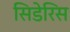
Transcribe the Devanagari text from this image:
सिडेरिस